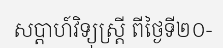
សប្តាហ៍វិទ្យុស្ត្រី ពីថ្ងៃទី២០-